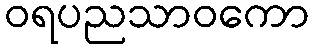
ဝရပညသာဝကော